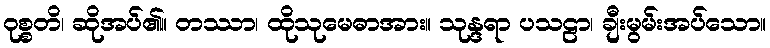
ဝုစ္စတိ၊ ဆိုအပ်၏။ တဿာ၊ ထိုသုမေဓာအား။ သုန္ဒရာ ပသဠာ၊ ချီးမွမ်းအပ်သော။